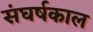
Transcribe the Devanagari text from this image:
संघर्षकाल